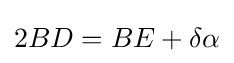
2BD=BE+\delta \alpha